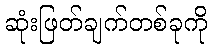
ဆုံးဖြတ်ချက်တစ်ခုကို